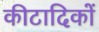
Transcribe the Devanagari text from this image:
कीटादिकों